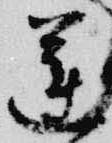
蓮